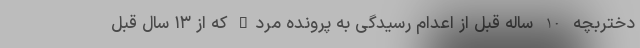
دختربچه 10 ساله قبل از اعدام رسیدگی به پرونده مردd که از ۱۳ سال قبل